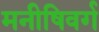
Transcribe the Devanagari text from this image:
मनीषिवर्ग